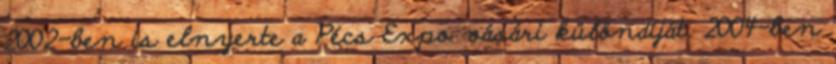
2002-ben is elnyerte a Pécs Expo vásári különdíját. 2004-ben